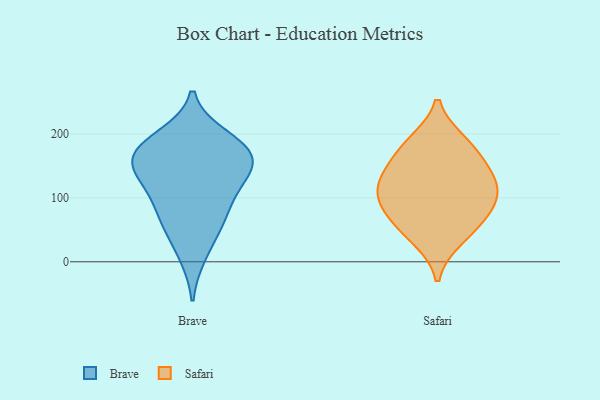
{"axis": {"x": "Production Output", "y": "Value"}, "legend": ["Brave", "Safari"], "data": [{"x": "", "y": 138, "type": "Brave"}, {"x": "", "y": 170, "type": "Brave"}, {"x": "", "y": 184, "type": "Brave"}, {"x": "", "y": 11, "type": "Brave"}, {"x": "", "y": 84, "type": "Brave"}, {"x": "", "y": 149, "type": "Brave"}, {"x": "", "y": 67, "type": "Brave"}, {"x": "", "y": 164, "type": "Brave"}, {"x": "", "y": 112, "type": "Brave"}, {"x": "", "y": 195, "type": "Brave"}, {"x": "", "y": 56, "type": "Brave"}, {"x": "", "y": 174, "type": "Brave"}, {"x": "", "y": 132, "type": "Brave"}, {"x": "", "y": 179, "type": "Safari"}, {"x": "", "y": 118, "type": "Safari"}, {"x": "", "y": 36, "type": "Safari"}, {"x": "", "y": 187, "type": "Safari"}, {"x": "", "y": 133, "type": "Safari"}, {"x": "", "y": 147, "type": "Safari"}, {"x": "", "y": 94, "type": "Safari"}, {"x": "", "y": 77, "type": "Safari"}, {"x": "", "y": 107, "type": "Safari"}, {"x": "", "y": 58, "type": "Safari"}]}